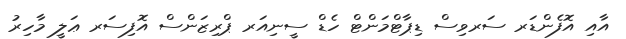
އާއި އޮފެންޑަރ ސަރވިސް ޑިޕާޓްމަންޓް ހެޑް ސީނިއަރ ޕްރިޒަންސް އޮފިސަރ ޢަލީ މާހިރު